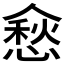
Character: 𰂵